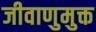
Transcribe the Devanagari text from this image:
जीवाणुमुक्त